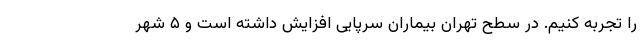
را تجربه کنیم. در سطح تهران بیماران سرپایی افزایش داشته است و ۵ شهر